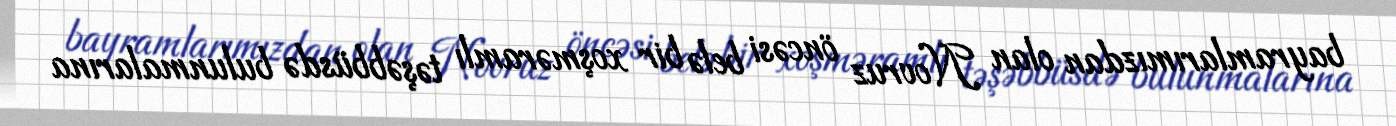
bayramlarımızdan olan Novruz öncəsi belə bir xoşməramlı təşəbbüsdə bulunmalarına